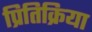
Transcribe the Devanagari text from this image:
प्रितिक्रिया